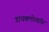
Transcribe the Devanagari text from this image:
डायक्लोरव्हॉस